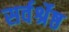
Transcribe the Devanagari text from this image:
सर्वर्श्रेष्ठ